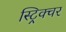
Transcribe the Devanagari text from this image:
स्ट्रिक्चर